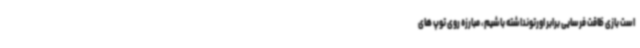
است بازی ظاقت فرسایی برابر اورتونداشته باشیم ، مبارزه روی توپ های